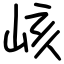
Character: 峐